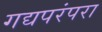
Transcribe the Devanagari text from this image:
गद्यपरंपरा